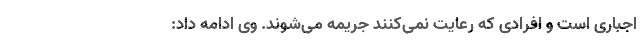
اجباری است و افرادی که رعایت نمی‌کنند جریمه می‌شوند. وی ادامه داد: